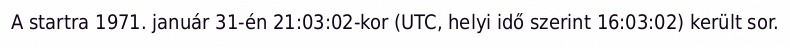
A startra 1971. január 31-én 21:03:02-kor (UTC, helyi idő szerint 16:03:02) került sor.